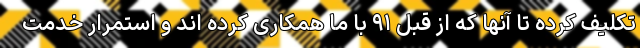
تکلیف کرده تا آنها که از قبل ۹۱ با ما همکاری کرده اند و استمرار خدمت